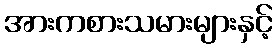
အားကစားသမားများနှင့်